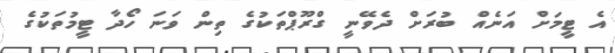
އެ ޓީމަށް އަނެއް ބުރަށް ދެވޭނީ ގްރޫޕްތަކުގެ ތިން ވަނަ ހޯދާ ޓީމުތަކުގެ